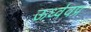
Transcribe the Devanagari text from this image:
ऊर्ध्ववप्र